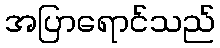
အပြာရောင်သည်